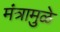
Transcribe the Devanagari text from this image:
मंत्रामुळे